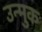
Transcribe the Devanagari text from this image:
उन्मुक